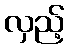
လှည့်